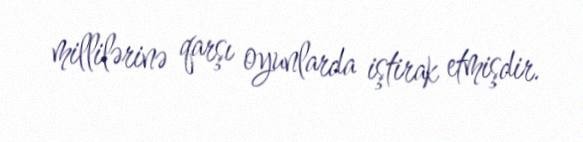
millilərinə qarşı oyunlarda iştirak etmişdir.